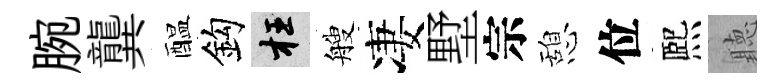
腕龔醖鈎枉艘凄墅宗憩位熈聽